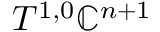
T ^ { 1 , 0 } \mathbb { C } ^ { n + 1 }